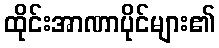
ထိုင်းအာဏာပိုင်များ၏